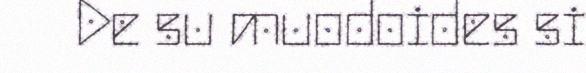
De su muodoides si